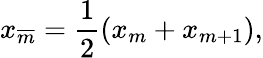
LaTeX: x_{\overline{{m}}}={\frac{1}{2}}(x_{m}+x_{m+1}),